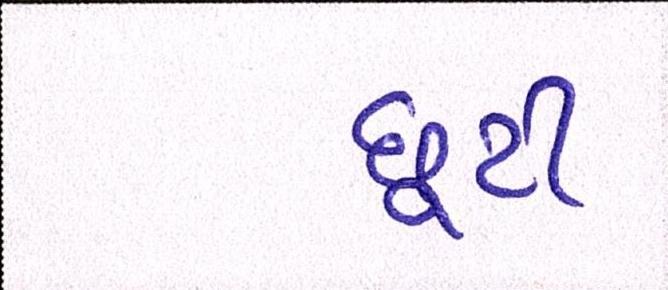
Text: છૂટી